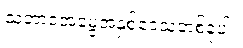
သဘာဝအမွေအနှစ်ဒေသတစ်ခုပါ။